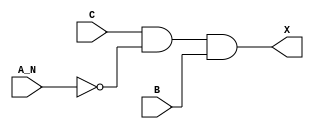
/*
 * Copyright 2020 The SkyWater PDK Authors
 *
 * Licensed under the Apache License, Version 2.0 (the "License");
 * you may not use this file except in compliance with the License.
 * You may obtain a copy of the License at
 *
 *     https://www.apache.org/licenses/LICENSE-2.0
 *
 * Unless required by applicable law or agreed to in writing, software
 * distributed under the License is distributed on an "AS IS" BASIS,
 * WITHOUT WARRANTIES OR CONDITIONS OF ANY KIND, either express or implied.
 * See the License for the specific language governing permissions and
 * limitations under the License.
 *
 * SPDX-License-Identifier: Apache-2.0
*/


`ifndef SKY130_FD_SC_MS__AND3B_FUNCTIONAL_V
`define SKY130_FD_SC_MS__AND3B_FUNCTIONAL_V

/**
 * and3b: 3-input AND, first input inverted.
 *
 * Verilog simulation functional model.
 */

`timescale 1ns / 1ps
`default_nettype none

`celldefine
module sky130_fd_sc_ms__and3b (
    X  ,
    A_N,
    B  ,
    C
);

    // Module ports
    output X  ;
    input  A_N;
    input  B  ;
    input  C  ;

    // Local signals
    wire not0_out  ;
    wire and0_out_X;

    //  Name  Output      Other arguments
    not not0 (not0_out  , A_N            );
    and and0 (and0_out_X, C, not0_out, B );
    buf buf0 (X         , and0_out_X     );

endmodule
`endcelldefine

`default_nettype wire
`endif  // SKY130_FD_SC_MS__AND3B_FUNCTIONAL_V